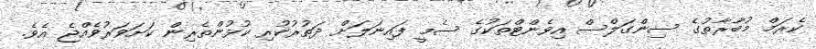
ކެރަމް މުބާރާތުގެ ސިންގަލްސް އިވެންޓްތަކުގެ ސެމީ ފައިނަލަށް ދަތުރުކުރި ކުޅުންތެރިން ކަށަވަރުވެއްޖެ އެވެ.